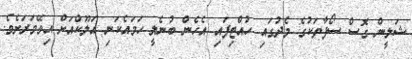
ޝަލީން ގޮސް ސޯފާތަކުގެ މެދުގައި ހުއްޓިފައި އެހެން ބުނެލީ ހަމައެކަނި އަލޫކްއަށް އިވޭވަރަށެވެ.